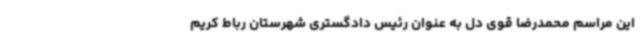
این مراسم محمدرضا قوی دل به عنوان رئیس دادگستری شهرستان رباط کریم